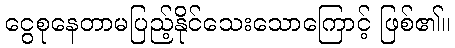
ငွေစုနေတာမပြည့်နိုင်သေးသောကြောင့် ဖြစ်၏။